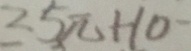
2 5 \pi + 1 0 ^ { - }